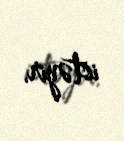
istəyir.